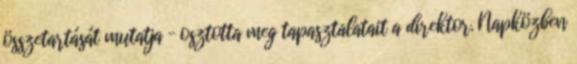
összetartását mutatja – osztotta meg tapasztalatait a direktor. Napközben